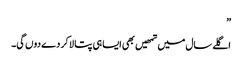
”
اگلے سال میں تمھیں بھی ایسا ہی پتا لا کر دے دوں گی۔